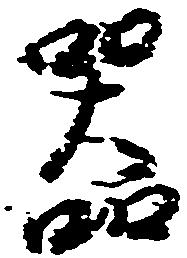
器